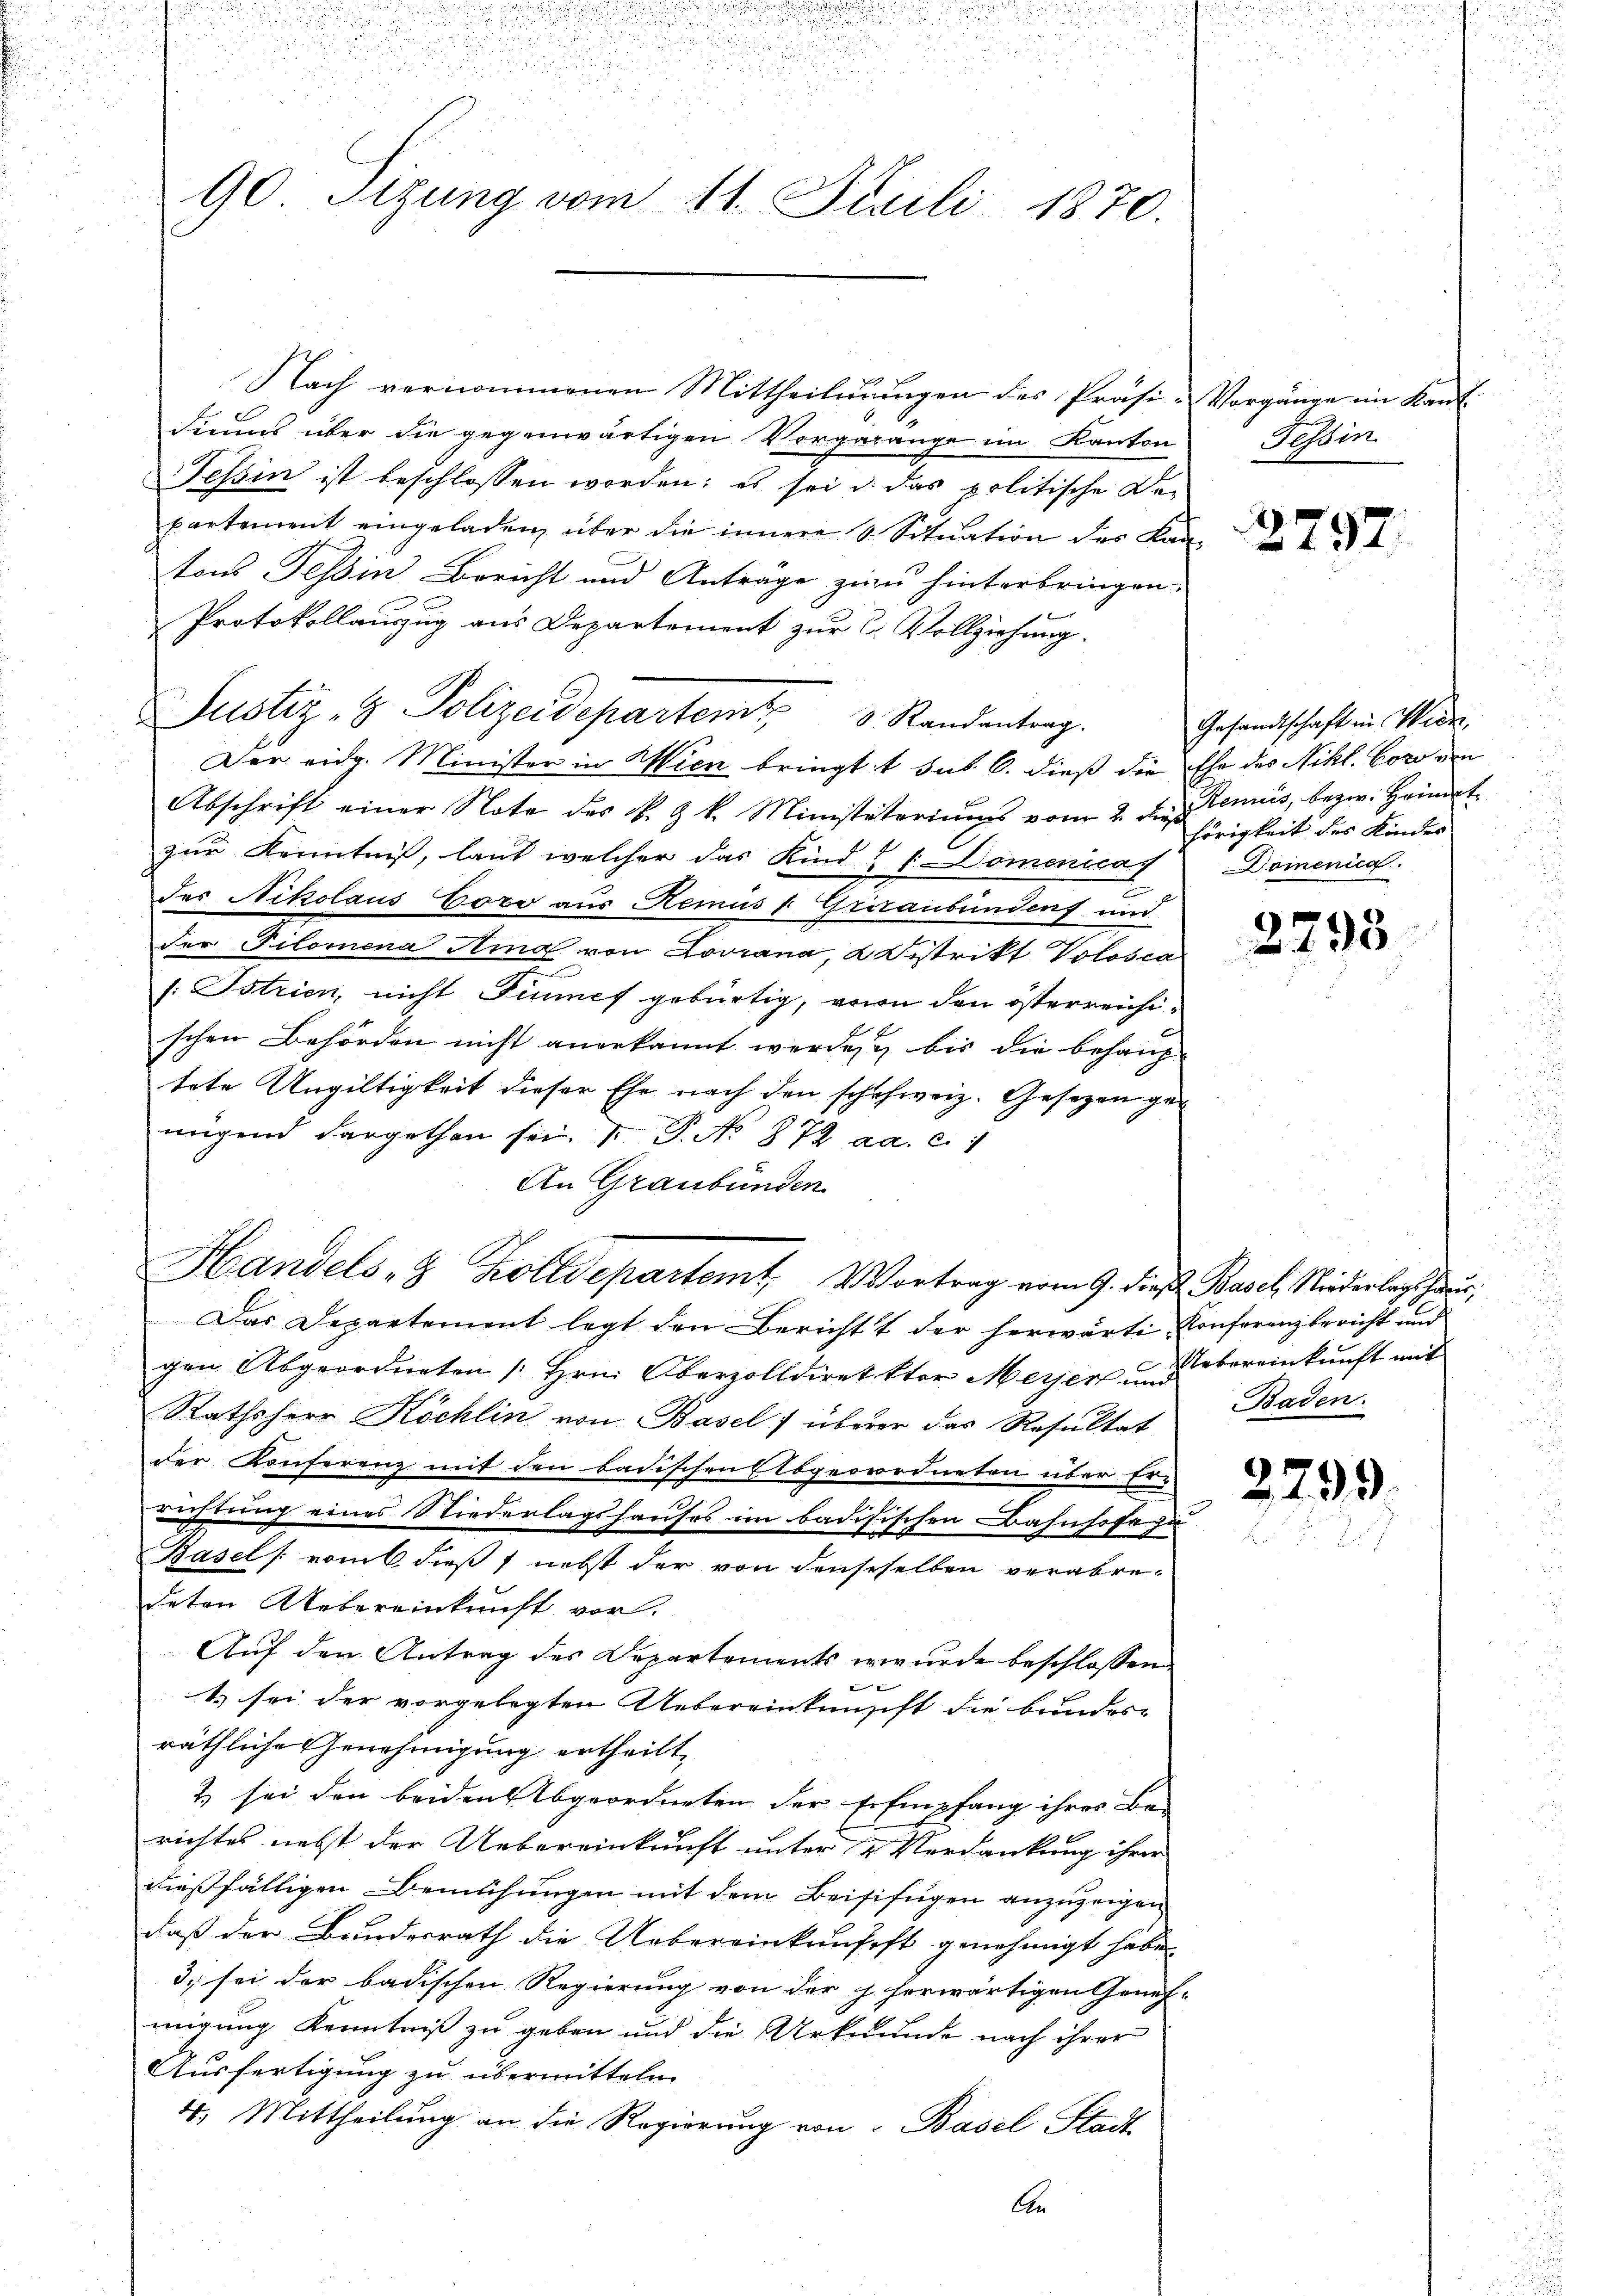
i
i

90. Sitzung vom 11. Juli 1870.

Nach vernommenen Mittheilungen des Präsi-Vorgänge im Kant
diums über die gegenwärtigen Vorgaränge im Kanton
Tessin ist beschlossen worden; es sei u. das politische De-
partement eingeladen, über die innere S. Situation des Kan-
tons Tessin Bericht und Anträge zu hinterbringen.
Protokollauszug aus Departement zur C. Vollziehung.
Justiz- & Polizeidepartemt 8. Randantrag.
Der eidg. Minister in Wien bringt t sub 6. dieß die Ehe des Nikl. Coro von
Abschrift einer Note des N. Z. k. Ministatoriums vom 2. de tenus, bezw. Heimat
zur Kenntniß, laut welcher das Kind & 7 Domenicas
des Nikolaus Eozo aus Hemus   Griraubünden und
der Tilomena Ama von Lovrana, 2 Distrikt Volosca
7
s: Istrien, nicht Sinnes gebürtig, von den österreichischen Behörden nicht anerkannt werden, bis die behaup-
tete Ungültigkeit dieser Ehe nach den schuhweiz. Gesetzen genügend dargethan sei. V. P. No 872 aa. c. 1
An Graubünden
Das Departement legt den Bericht der herwärte Konferenz bericht und
gen Abgeordneten [Hrn. Oberzolldirektor Meyer und bereinkunft mit
Rathsherr Köchlin von Basel überer das Resultat
der Konferenz mit den badischen Abgeordneten über Er-
richtung eines Niederlagshauses im badisischen Bahnhofe zu
Basel (vom 6 dieß nebst der von denseselben verabredeten Uebereinkunft vor.
Auf den Antrag des Departements er wurde beschlossen
t. sei der vorgelegten Uebereinkungift die bundes-
räthliche Genehmigung ertheilt,
2 sei den beiden Abgeordneten der ErEmpfang ihres Be-
richtes nebst der Uebereinkunft unter 2 Verdankung ihrer
dießfälligen Bemühungen mit dem Beisifügen anzuzeigen
daß der Bundesrath die Uebereinkunfest genehmigt habe.
3. sei der badischen Regierung von der h. herwärtigen Geneh-
migung Kenntniß zu geben und die Urkunde nach ihrer
Ausfertigung zu übermitteln.
4. Mittheilung an die Regierŭng von Basel Stadt
An

Handels- & Zolldepartemt Vortrag vom 9. die Basel, Niederlagshaus,

Tessin

2797.

Gesandtschaft in Wien.
hörigkeit des Kindes
Domenica
u

2795

Baden.

2799.